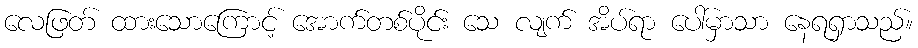
လေဖြတ် ထားသောကြောင့် အောက်တစ်ပိုင်း သေ လျက် အိပ်ရာ ပေါ်မှာသာ နေရရှာသည်။